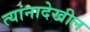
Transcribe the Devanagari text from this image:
त्यांनादेखील